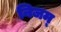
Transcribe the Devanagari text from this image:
निजम्